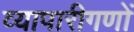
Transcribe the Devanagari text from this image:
व्यापारीगणों